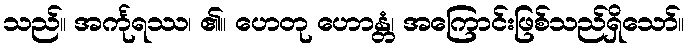
သည်။ အင်္ကုရဿ၊ ၏။ ဟေတု ဟောန္တံ၊ အကြောင်းဖြစ်သည်ရှိသော်။